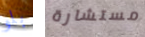
بلو مستشارة